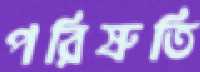
পরিস্রুতি